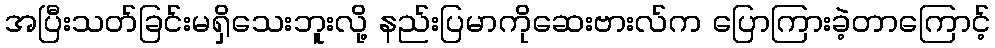
အပြီးသတ်ခြင်းမရှိသေးဘူးလို့ နည်းပြမာကိုဆေးဗားလ်က ပြောကြားခဲ့တာကြောင့်